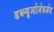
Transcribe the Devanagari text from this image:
डब्ल्यूओज़ेडज़ेड